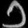
Digit: ၁